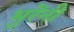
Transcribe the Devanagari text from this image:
भुरेंनी